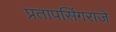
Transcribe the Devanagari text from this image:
प्रतापसिंगराजे